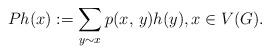
LaTeX: \begin{align*} Ph(x) := \sum_{y\sim x} p(x,\, y) h(y), x\in V(G).\end{align*}